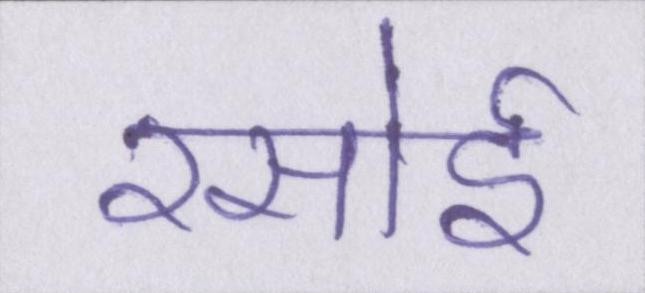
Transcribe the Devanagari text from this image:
रसोई